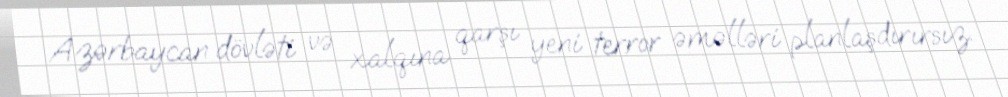
Azərbaycan dövləti və xalqına qarşı yeni terror əməlləri planlaşdırırsız.